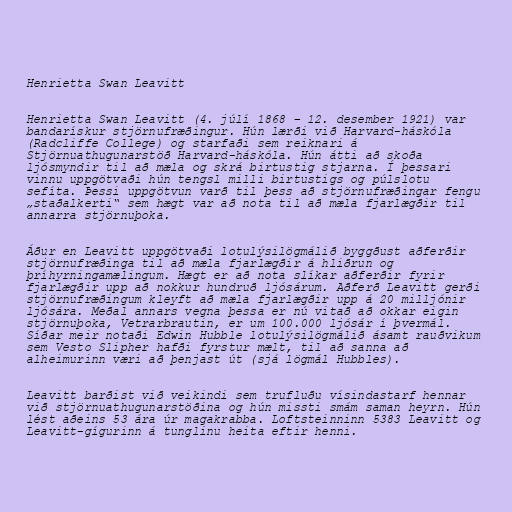
Henrietta Swan Leavitt

Henrietta Swan Leavitt (4. júlí 1868 – 12. desember 1921) var
bandarískur stjörnufræðingur. Hún lærði við Harvard-háskóla
(Radcliffe College) og starfaði sem reiknari á
Stjörnuathugunarstöð Harvard-háskóla. Hún átti að skoða
ljósmyndir til að mæla og skrá birtustig stjarna. Í þessari
vinnu uppgötvaði hún tengsl milli birtustigs og púlslotu
sefíta. Þessi uppgötvun varð til þess að stjörnufræðingar fengu
„staðalkerti“ sem hægt var að nota til að mæla fjarlægðir til
annarra stjörnuþoka.

Áður en Leavitt uppgötvaði lotulýsilögmálið byggðust aðferðir
stjörnufræðinga til að mæla fjarlægðir á hliðrun og
þríhyrningamælingum. Hægt er að nota slíkar aðferðir fyrir
fjarlægðir upp að nokkur hundruð ljósárum. Aðferð Leavitt gerði
stjörnufræðingum kleyft að mæla fjarlægðir upp á 20 milljónir
ljósára. Meðal annars vegna þessa er nú vitað að okkar eigin
stjörnuþoka, Vetrarbrautin, er um 100.000 ljósár í þvermál.
Síðar meir notaði Edwin Hubble lotulýsilögmálið ásamt rauðvikum
sem Vesto Slipher hafði fyrstur mælt, til að sanna að
alheimurinn væri að þenjast út (sjá lögmál Hubbles).

Leavitt barðist við veikindi sem trufluðu vísindastarf hennar
við stjörnuathugunarstöðina og hún missti smám saman heyrn. Hún
lést aðeins 53 ára úr magakrabba. Loftsteinninn 5383 Leavitt og
Leavitt-gígurinn á tunglinu heita eftir henni.